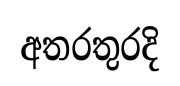
අතරතුරදි